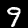
Label: 9